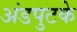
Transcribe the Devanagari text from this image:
अंडपुटके